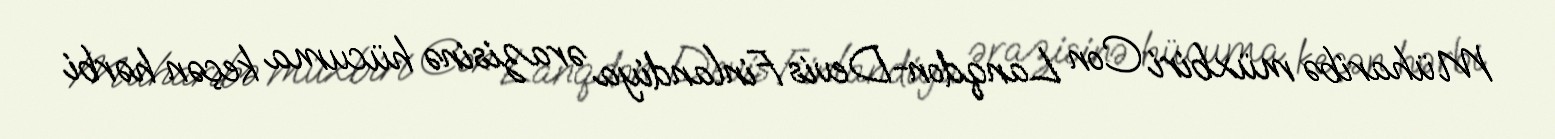
Müharibə müxbiri Con Lanqdon-Devis Finlandiya ərazisinə hücuma keçən hərbi